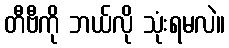
တီဗီကို ဘယ်လို သုံးရမလဲ။